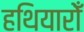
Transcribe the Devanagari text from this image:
हथियारोँ